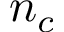
n _ { c }